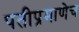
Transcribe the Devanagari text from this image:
पतीप्रमाणेच